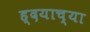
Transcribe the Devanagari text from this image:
ह्दयाच्या